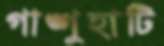
গাঙ্গুহাটি